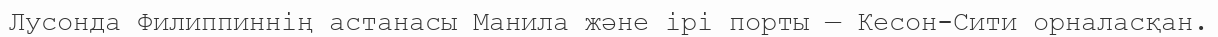
Лусонда Филиппиннің астанасы Манила және ірі порты — Кесон-Сити орналасқан.